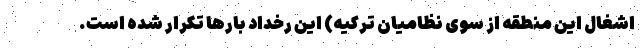
اشغال این منطقه از سوی نظامیان ترکیه) این رخداد بارها تکرار شده است.